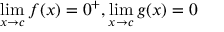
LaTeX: \operatorname* { l i m } _ { x \to c } f ( x ) = 0 ^ { + } , \operatorname* { l i m } _ { x \to c } g ( x ) = 0